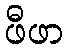
ဖီဖာ